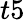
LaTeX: t5